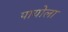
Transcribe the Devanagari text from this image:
पायोला